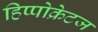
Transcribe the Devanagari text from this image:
हिप्पोक्रेटज